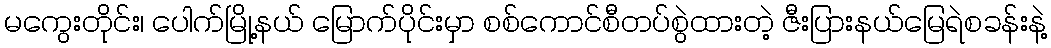
မကွေးတိုင်း၊ ပေါက်မြို့နယ် မြောက်ပိုင်းမှာ စစ်ကောင်စီတပ်စွဲထားတဲ့ ဇီးပြားနယ်မြေရဲစခန်းနဲ့